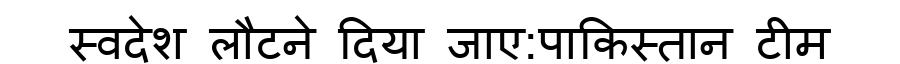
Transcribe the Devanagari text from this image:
स्वदेश लौटने दिया जाए:पाकिस्तान टीम